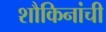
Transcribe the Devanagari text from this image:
शौकिनांची